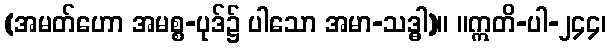
(အမတ်ဟော အမစ္စ-ပုဒ်၌ ပါသော အမာ-သဒ္ဓါ)။ ။ဣတိ-ပါ-၂၄၄၊